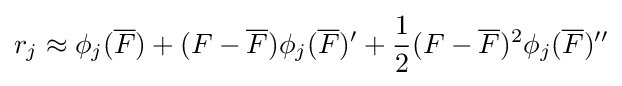
r_{j}\approx \phi _{j}({\overline {F}})+(F-{\overline {F}})\phi _{j}({\overline {F}})'+{\frac {1}{2}}(F-{\overline {F}})^{2}\phi _{j}({\overline {F}})''